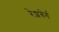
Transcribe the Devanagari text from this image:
रेशबेर्ग